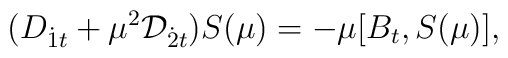
(D_{{\dot 1}t}+\mu ^{2}{\cal D}_{{\dot 2}t})S(\mu)=-\mu [B_{t},S(\mu)],